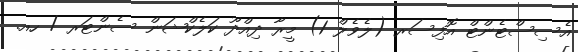
އެސިސްޓެންޓް އޮފިސަރ (ލެވެލް 1) މީރާ ދިއްދޫ ކަލެކްޝަން ސެންޓަރ / ހއ.